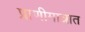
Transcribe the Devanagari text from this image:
प्राणीमात्रात